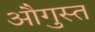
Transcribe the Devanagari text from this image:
औगुस्त